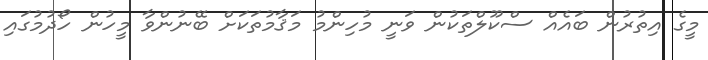
މީގެ އިތުރުން ބައެއް ސްކޫލްތަކުން ވަނީ މުހިންމު މަޤާމުތަކަށް ބޭނުންވާ މީހުން ހޯދުމުގައި